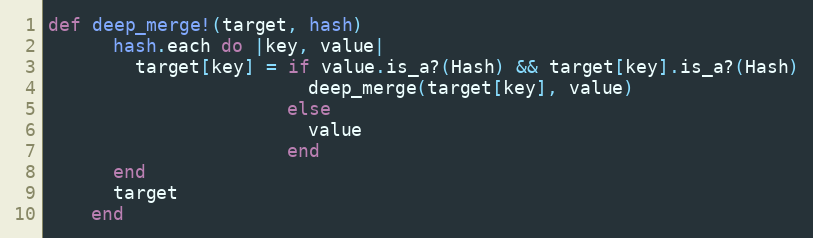
Language: Ruby
def deep_merge!(target, hash)
      hash.each do |key, value|
        target[key] = if value.is_a?(Hash) && target[key].is_a?(Hash)
                        deep_merge(target[key], value)
                      else
                        value
                      end
      end
      target
    end